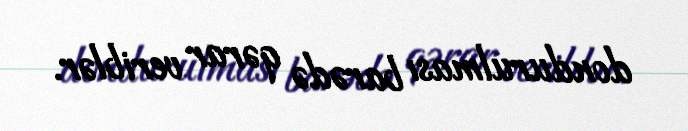
dondurulması barədə qərar veriblər.